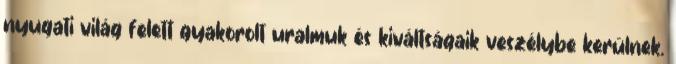
nyugati világ felett gyakorolt uralmuk és kiváltságaik veszélybe kerülnek.